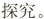
探究。